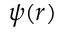
\psi ( r )